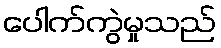
ပေါက်ကွဲမှုသည်